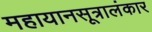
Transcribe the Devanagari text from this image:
महायानसूत्रालंकार